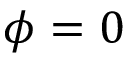
\phi = 0